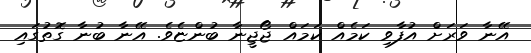
އޭނާ ވަރަށް އުފާވި ކަމެއް ކަމައް ޖޯޖީނާ ބުންޏެވެ. އޭނާ ބުނާ ގޮތުގައި